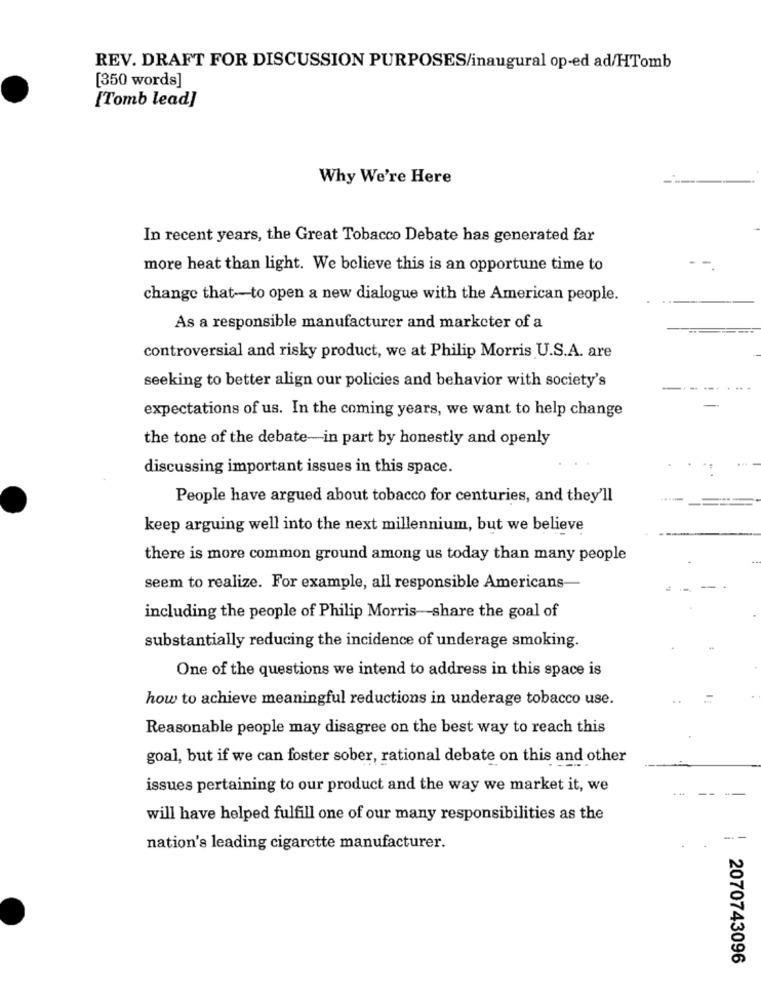
REV. DRAFT FOR DISCUSSION PURPOSES/inaugural op-ed ad/HTomb
[350 words]
[Tomb lead]
Why We're Here
In recent years, the Great Tobacco Debate has generated far
more heat than light. We believe this is an opportune time to
change that-to open a new dialogue with the American people.
As a responsible manufacturer and marketer of a
controversial and risky product, we at Philip Morris U.S.A. are
seeking to better align our policies and behavior with society's
expectations of us. In the coming years, we want to help change
the tone of the debate-in part by honestly and openly
discussing important issues in this space.
People have argued about tobacco for centuries, and they'll
keep arguing well into the next millennium, but we believe
there is more common ground among us today than many people
seem to realize. For example, all responsible Americans
including the people of Philip Morris share the goal of
substantially reducing the incidence of underage smoking.
One of the questions we intend to address in this space is
how to achieve meaningful reductions in underage tobacco use.
Reasonable people may disagree on the best way to reach this
goal, but if we can foster sober, rational debate on this and other
issues pertaining to our product and the way we market it, we
will have helped fulfill one of our many responsibilities as the
nation's leading cigarette manufacturer.
2070743096